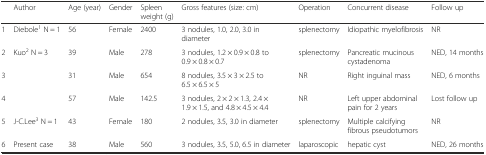
|  | Author | Age (year) | Gender | Spleen weight (g) | Gross features (size: cm) | Operation | Concurrent disease | Follow up |
 | --- | --- | --- | --- | --- | --- | --- | --- | --- |
 | 1 | Diebole1 N = 1 | 56 | Female | 2400 | 3 nodules, 1.0, 2.0, 3.0 in diameter | splenectomy | Idiopathic myelofibrosis | NR |
 | 2 | Kuo2 N = 3 | 39 | Male | 278 | 3 nodules, 1.2 × 0.9 × 0.8 to 0.9 × 0.8 × 0.7 | splenectomy | Pancreatic mucinous cystadenoma | NED, 14 months |
 | 3 |  | 31 | Male | 654 | 8 nodules, 3.5 × 3 × 2.5 to 6.5 × 6.5 × 5 | NR | Right inguinal mass | NED, 6 months |
 | 4 |  | 57 | Male | 142.5 | 3 nodules, 2 × 2 × 1.3, 2.4 × 1.9 × 1.5, and 4.8 × 4.5 × 4.4 | NR | Left upper abdominal pain for 2 years | Lost follow up |
 | 5 | J-C.Lee3 N = 1 | 43 | Female | 180 | 2 nodules, 3.5, 3.0 in diameter | splenectomy | Multiple calcifying fibrous pseudotumors | NR |
 | 6 | Present case | 38 | Male | 560 | 3 nodules, 3.5, 5.0, 6.5 in diameter | laparoscopic | hepatic cyst | NED, 26 months |